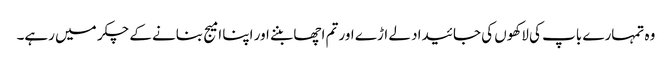
وہ تمہارے باپ کی لاکھوں کی جائیداد لے اڑے اور تم اچھا بننے اور اپنا امیج بنانے کے چکر میں رہے۔